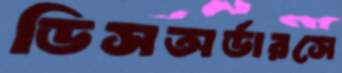
ডিসঅর্ডারসে